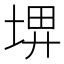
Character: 𡌹